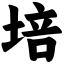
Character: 培